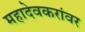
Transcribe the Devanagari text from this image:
महादेवकरांवर